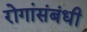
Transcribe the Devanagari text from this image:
रोगांसंबंधी